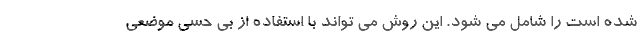
شده است را شامل می شود. این روش می تواند با استفاده از بی حسی موضعی